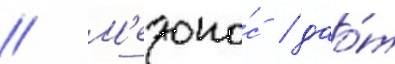
// М'едоно́с / дао́т